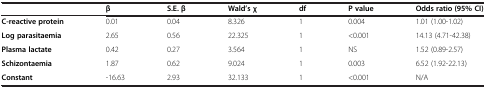
|  | β | S.E. β | Wald’s χ | df | P value | Odds ratio (95% CI) |
 | --- | --- | --- | --- | --- | --- | --- |
 | C-reactive protein | 0.01 | 0.04 | 8.326 | 1 | 0.004 | 1.01 (1.00-1.02) |
 | Log parasitaemia | 2.65 | 0.56 | 22.325 | 1 | <0.001 | 14.13 (4.71-42.38) |
 | Plasma lactate | 0.42 | 0.27 | 3.564 | 1 | NS | 1.52 (0.89-2.57) |
 | Schizontaemia | 1.87 | 0.62 | 9.024 | 1 | 0.003 | 6.52 (1.92-22.13) |
 | Constant | -16.63 | 2.93 | 32.133 | 1 | <0.001 | N/A |